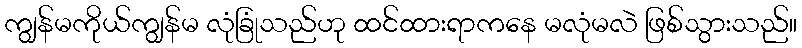
ကျွန်မကိုယ်ကျွန်မ လုံခြုံသည်ဟု ထင်ထားရာကနေ မလုံမလဲ ဖြစ်သွားသည်။